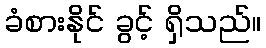
ခံစားနိုင် ခွင့် ရှိသည်။